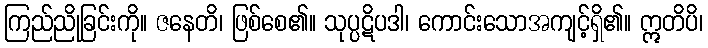
ကြည်ညိုခြင်းကို။ ဇနေတိ၊ ဖြစ်စေ၏။ သုပ္ပဋိပဒါ၊ ကောင်းသောအကျင့်ရှိ၏။ ဣတိပိ၊